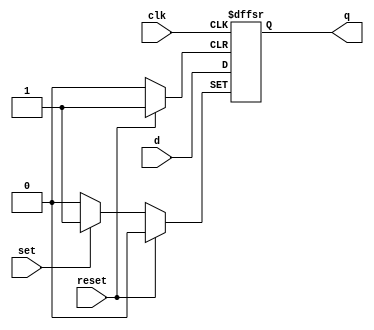
module d_flip_flop (
    input wire clk,
    input wire reset,
    input wire set,
    input wire d,
    output reg q
);

always @(posedge clk or posedge reset or posedge set) begin
    if (reset) begin
        q <= 1'b0; // reset the flip-flop
    end else if (set) begin
        q <= 1'b1; // set the flip-flop
    end else begin
        q <= d; // store the data input
    end
end

endmodule